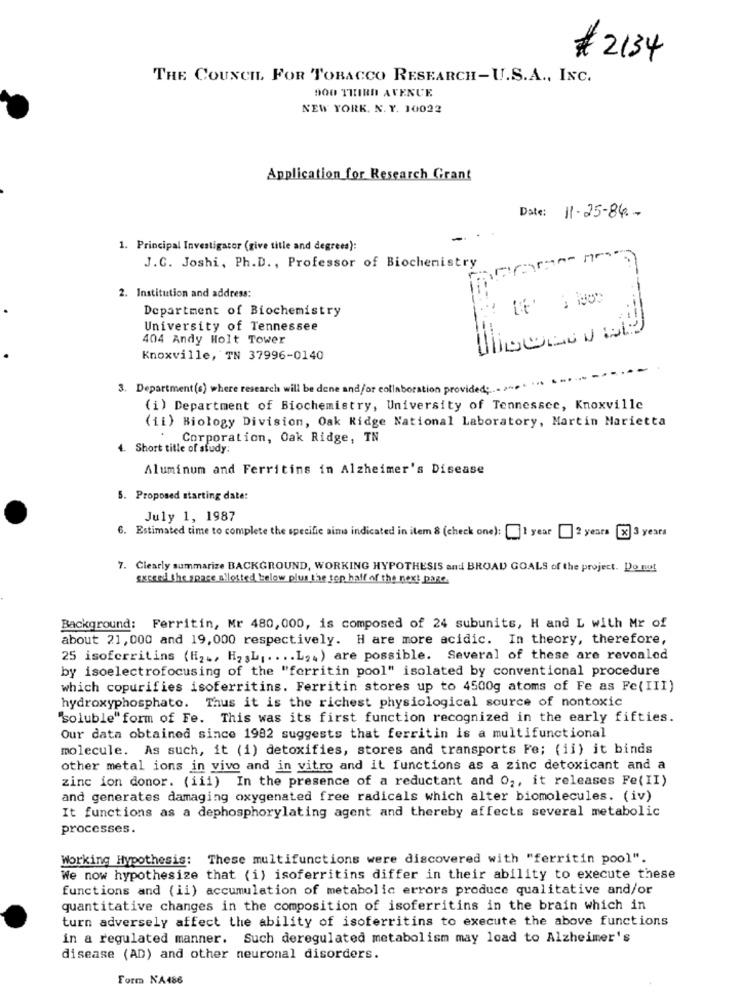
# 2134
THE COUNCIL FOR TOBACCO RESEARCH-U.S.A ., INC.
900 THIRD AVENUE
NEW YORK. N. Y. 10022
Application for Research Grant
Date: 11-25-84 .-
1. Principal Investigator (give title and degrees):
J.C. Joshi, Ph.D ., Professor of Biochemistry
2. Institution and address:
Department of Biochemistry
University of Tennessee
404 Andy Holt Tower
Knoxville, TN 37996-0140
3. Department(s) where research will be done and/or collaboration provided;
(i) Department of Biochemistry, University of Tennessee, Knoxville
(ii) Biology Division, Oak Ridge National Laboratory, Martin Marietta
Corporation, Oak Ridge, TN
4. Short title of study:
Aluminum and Ferritins in Alzheimer's Disease
5. Proposed starting date:
July 1, 1987
6. Estimated time to complete the specific aims indicated in item 8 (check one): 1 year 2 years [X] 3 years
7. Clearly summarize BACKGROUND, WORKING HYPOTHESIS and BROAD GOALS of the project. Do nut
sarei the space allosted below plus the top half of the next page.
Background: Ferritin, Mr 480, 000, is composed of 24 subunits, H and L with Mr of
about 21, 000 and 19,000 respectively. H are more acidic. In theory, therefore,
25 isoferritins (H2 ., H2 ,L ,.... L. . ) are possible. Several of these are revealed
by isoelectrofocusing of the "ferritin pool" isolated by conventional procedure
which copurifies isoferritins. Ferritin stores up to 4500g atoms of Fe as Fe( III)
hydroxyphosphate. Thus it is the richest physiological source of nontoxic
"soluble" form of Fe. This was its first function recognized in the early fifties.
Our data obtained since 1982 suggests that ferritin is a multifunctional
molecule. As such, it (i) detoxifies, stores and transports Fe; (ii) it binds
other metal ions in vivo and in vitro and it functions as a zinc detoxicant and a
zinc ion donor. (iii) In the presence of a reductant and O ,, it releases Fe(II)
and generates damaging oxygenated free radicals which alter biomolecules. (iv)
It functions as a dephosphorylating agent and thereby affects several metabolic
processes.
Working Hypothesis: These multifunctions were discovered with "ferritin pool".
We now hypothesize that (i) isoferritins differ in their ability to execute these
functions and (ii) accumulation of metabolic errors produce qualitative and/or
quantitative changes in the composition of isoferritins in the brain which in
turn adversely affect the ability of isoferritins to execute the above functions
in a regulated manner. Such deregulated metabolism may load to Alzheimer's
disease (AD) and other neuronal disorders.
Form NA486